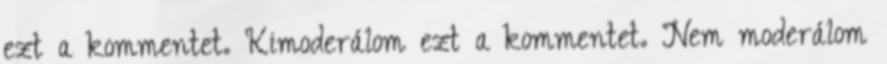
ezt a kommentet. Kimoderálom ezt a kommentet. Nem moderálom